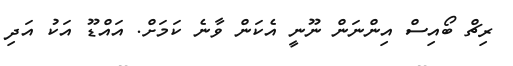
ރިޗް ބޯއިސް އިންނަން ނޫނީ އެކަން ވާނެ ކަމަށް. އައްޑޫ އަކު އަދި